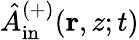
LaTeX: \hat{A}_{\mathrm{in}}^{(+)}(\mathbf{r},z;t)